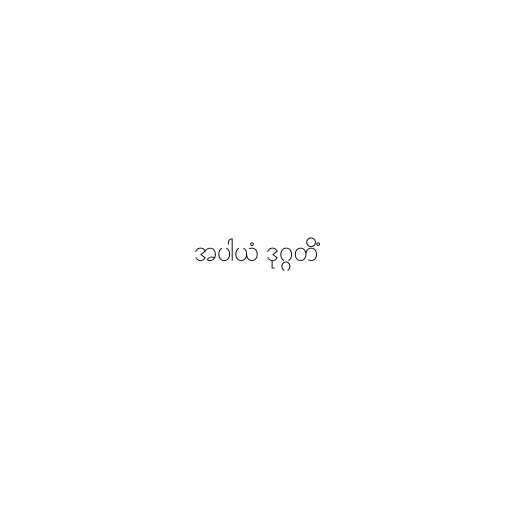
အပါယံ ဒုဂ္ဂတိံ